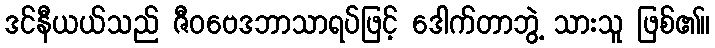
ဒင်နီယယ်သည် ဇီဝဗေဒဘာသာရပ်ဖြင့် ဒေါက်တာဘွဲ့ သားသူ ဖြစ်၏။